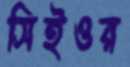
সিইওর